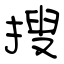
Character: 搜